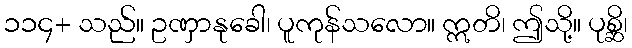
၁၁၄+ သည်။ ဥဏှာနုခေါ၊ ပူကုန်သလော။ ဣတိ၊ ဤသို့။ ပုစ္ဆိ၊